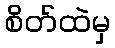
စိတ်ထဲမှ